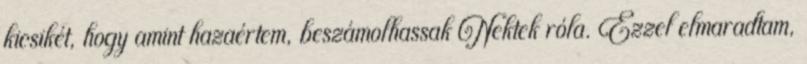
kicsikét, hogy amint hazaértem, beszámolhassak Nektek róla. Ezzel elmaradtam,